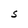
Character: S